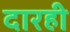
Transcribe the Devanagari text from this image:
दारही